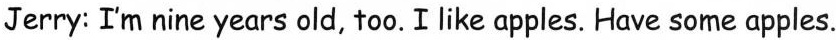
Jerry: I'm nine years old, too.I like apples. Have some apples.